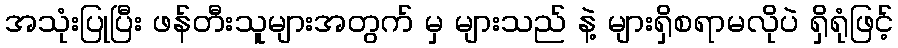
အသုံးပြုပြီး ဖန်တီးသူများအတွက် မှ များသည် နဲ့ များရှိစရာမလိုပဲ ရှိရုံဖြင့်